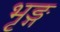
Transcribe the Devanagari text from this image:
भृङ्ग